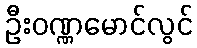
ဦးဝဏ္ဏမောင်လွင်